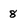
Character: 8